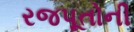
રજપૂતોની